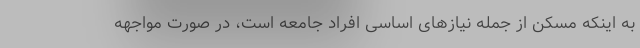
به اینکه مسکن از جمله نیازهای اساسی افراد جامعه است، در صورت مواجهه